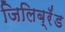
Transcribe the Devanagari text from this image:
जिलिब्रॅंड